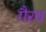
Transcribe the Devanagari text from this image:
गैरव